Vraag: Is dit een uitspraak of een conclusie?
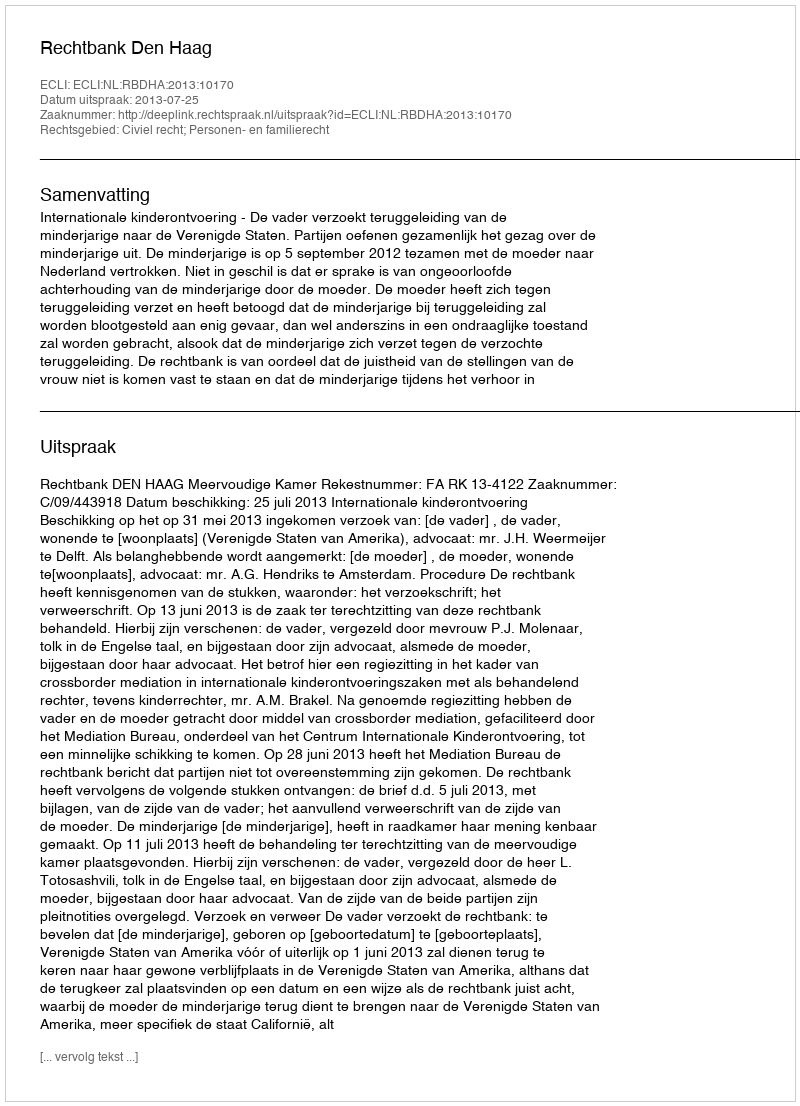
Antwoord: Uitspraak